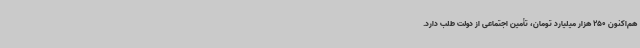
هم‌اکنون 250 هزار میلیارد تومان، تأمین اجتماعی از دولت طلب دارد.